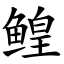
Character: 鳇